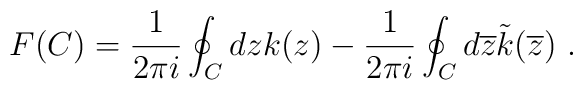
F(C)=\frac{1}{2\pi i}\oint_{C}dz k(z)-\frac{1}{2\pi i}\oint_{C}d\overline{z}\tilde{k}(\overline{z}) \ .